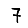
Digit: 7